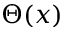
\Theta ( x )